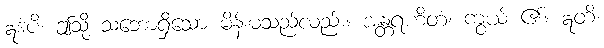
ဣဒံပိ၊ ဤသို့ သဘောရှိသော မိန်းမသည်လည်း။ အန္တရဟိတံ၊ ကွယ် ၏။ ဣတိ၊